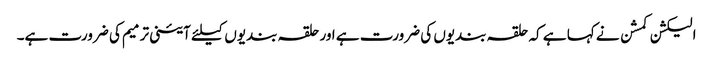
الیکشن کمشن نے کہا ہے کہ حلقہ بندیوں کی ضرورت ہے اور حلقہ بندیوں کیلئے آئینی ترمیم کی ضرورت ہے۔